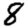
Digit: 8